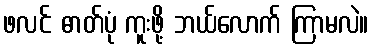
ဖလင် ဓာတ်ပုံ ကူးဖို့ ဘယ်လောက် ကြာမလဲ။